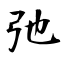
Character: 弛